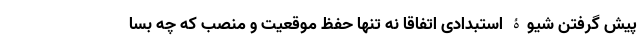
پیش گرفتن شیوۀ استبدادی اتفاقا نه تنها حفظ موقعیت و منصب که چه بسا